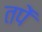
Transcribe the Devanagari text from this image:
तपें